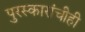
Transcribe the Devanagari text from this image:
पुरस्कारांचीही